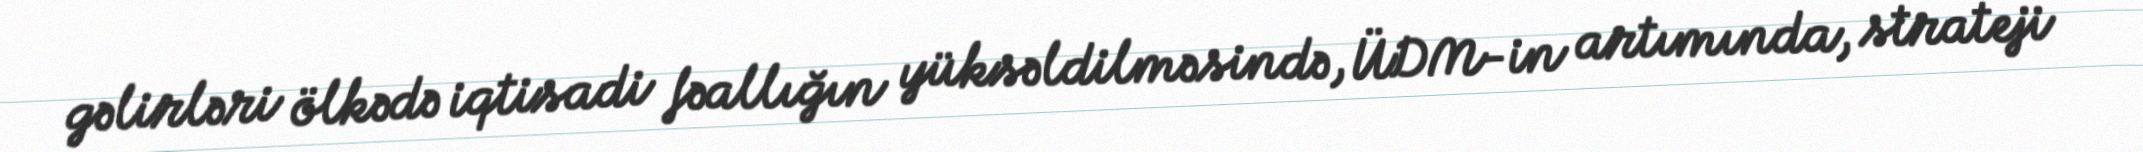
gəlirləri ölkədə iqtisadi fəallığın yüksəldilməsində, ÜDM-in artımında, strateji